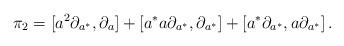
LaTeX: \begin{align*} \pi_{2} = [a^{2}\partial_{a^{*}},\partial_{a}] + [a^{*}a\partial_{a^{*}},\partial_{a^{*}}] + [a^{*}\partial_{a^{*}},a\partial_{a^{*}}]\,. \end{align*}